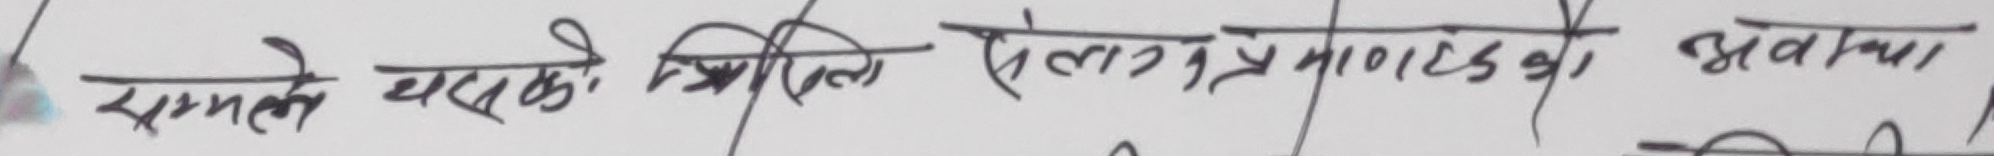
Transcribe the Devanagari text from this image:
समले यसको त्रिमिति हेरचप्रोवाइडको अभावमा